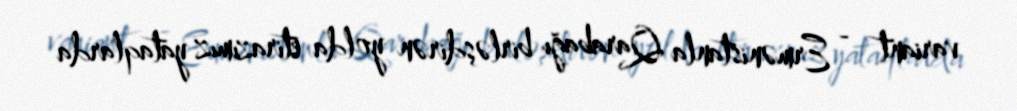
variant - Ermənistanla Qarabağı birləşdirən yolda etirazımız yataqlarda